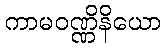
ကာမဝဏ္ဏိနိယော